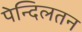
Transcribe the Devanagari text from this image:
पेन्दिलतन